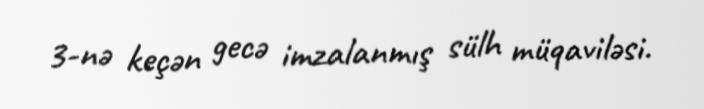
3-nə keçən gecə imzalanmış sülh müqaviləsi.